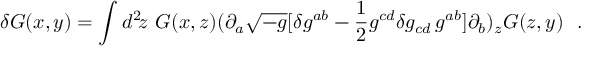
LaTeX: \delta G ( x , y ) = \int d ^ { 2 } \! z \ G ( x , z ) ( \partial _ { a } \sqrt { - g } [ \delta g ^ { a b } - { \frac { 1 } { 2 } } g ^ { c d } \delta g _ { c d } \, g ^ { a b } ] \partial _ { b } ) _ { z } G ( z , y ) \ \ .